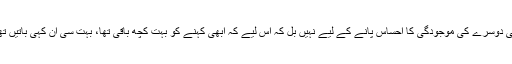
خوف کو جھٹکنے کے لیے کسی دوسرے کی موجودگی کا احساس پانے کے لیے نہیں بل کہ اس لیے کہ ابھی کہنے کو بہت کچھ باقی تھا، بہت سی ان کہی باتیں تھیں جو دوسروں کی امانت تھیں۔